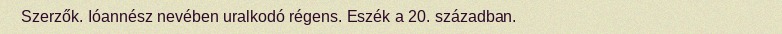
Szerzők. Ióannész nevében uralkodó régens. Eszék a 20. században.